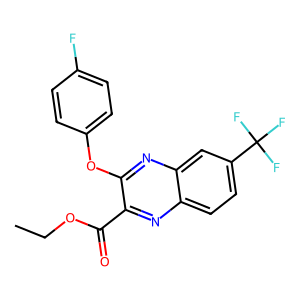
SMILES: CCOC(=O)c1nc2ccc(C(F)(F)F)cc2nc1Oc1ccc(F)cc1
Inhibits HIV replication: No